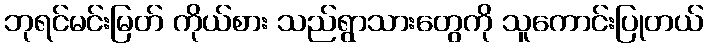
ဘုရင်မင်းမြတ် ကိုယ်စား သည်ရွာသားတွေကို သူကောင်းပြုတယ်